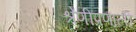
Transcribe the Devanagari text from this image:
श्रेणीप्रणाली